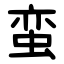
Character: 蛮